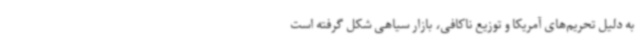
به دلیل تحریم‌های آمریکا و توزیع ناکافی، بازار سیاهی شکل گرفته است